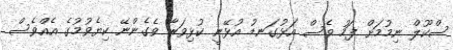
ސްކޫލް ނިމުމަށް ފަހު ވެސް އަޅުގަނޑު އުޅޭނީ ކުޅިވަރާ ވެގެންނޭ ކިޔެވުމުގެ އެއްވެސް